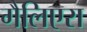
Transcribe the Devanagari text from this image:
गैलिएरा